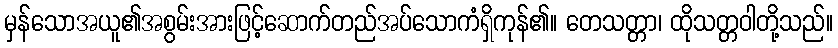
မှန်သောအယူ၏အစွမ်းအားဖြင့်ဆောက်တည်အပ်သောကံရှိကုန်၏။ တေသတ္တာ၊ ထိုသတ္တဝါတို့သည်။